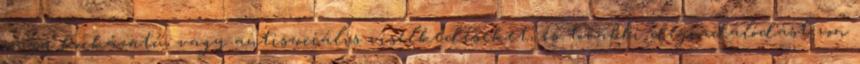
nagy kockázatú, vagy antiszociális viselkedéseket, és további degradálódást von